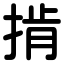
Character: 掯